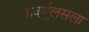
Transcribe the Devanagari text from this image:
हर्क्युलसला